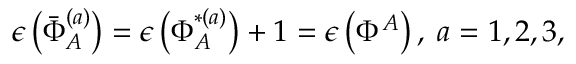
\epsilon \left( \bar { \Phi } _ { A } ^ { ( a ) } \right) = \epsilon \left( \Phi _ { A } ^ { * ( a ) } \right) + 1 = \epsilon \left( \Phi ^ { A } \right) , \; a = 1 , 2 , 3 ,